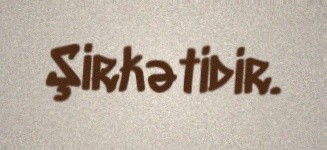
Şirkətidir.